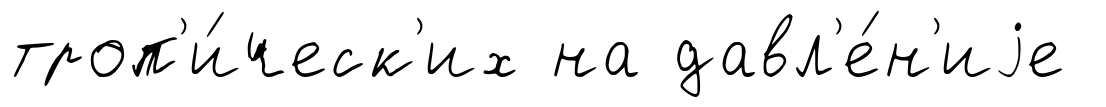
троп'и́ческ'их на давл'е́н'иjе